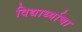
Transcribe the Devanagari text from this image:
विद्यार्थ्याचा